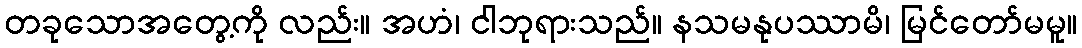
တခုသောအတွေ့ကို လည်း။ အဟံ၊ ငါဘုရားသည်။ နသမနုပဿာမိ၊ မြင်တော်မမူ။